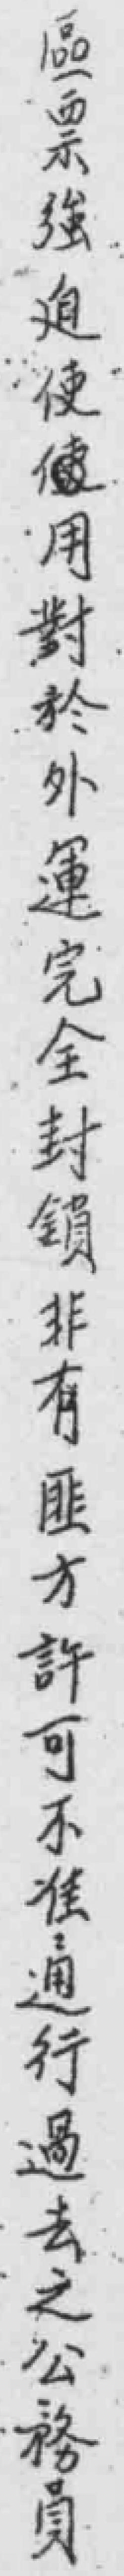
區票強迫便*用對於外運完全封鎖非有匪方許可不准通行過去之公務員